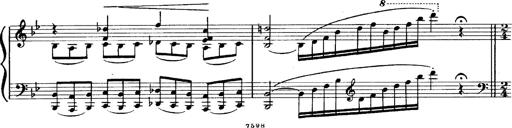
Title: Magyar dalok
Composer: Franz Liszt